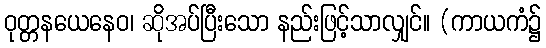
ဝုတ္တနယေနေဝ၊ ဆိုအပ်ပြီးသော နည်းဖြင့်သာလျှင်။ (ကာယကံ၌